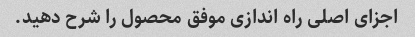
اجزای اصلی راه اندازی موفق محصول را شرح دهید.